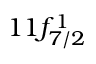
1 1 f _ { 7 / 2 } ^ { 1 }